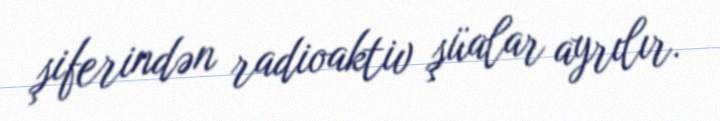
şiferindən radioaktiv şüalar ayrılır.